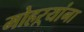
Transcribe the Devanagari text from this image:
मोहऱ्यांना